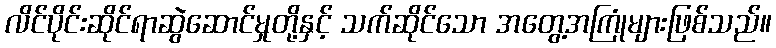
လိင်ပိုင်းဆိုင်ရာဆွဲဆောင်မှုတို့နှင့် သက်ဆိုင်သော အတွေ့အကြုံများဖြစ်သည်။